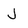
Character: J